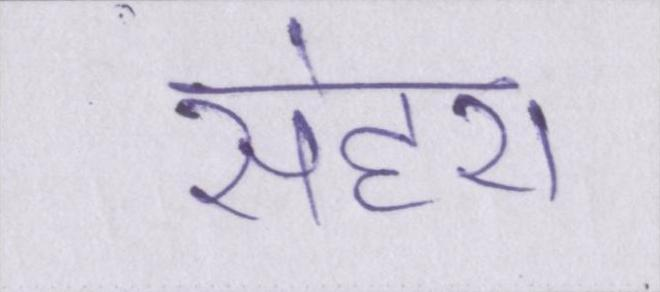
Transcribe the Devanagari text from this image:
सेहरा